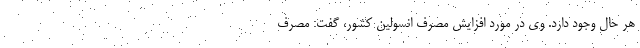
هر حال وجود دارد. وی در مورد افزایش مصرف انسولین کشور، گفت: مصرف